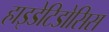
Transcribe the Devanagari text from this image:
हाइडेटिडोसिस